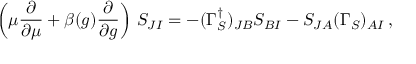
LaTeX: \left( \mu { \frac { \partial } { \partial \mu } } + \beta ( g ) { \frac { \partial } { \partial g } } \right) \, S _ { J I } = - ( \Gamma _ { S } ^ { \dagger } ) _ { J B } S _ { B I } - S _ { J A } ( \Gamma _ { S } ) _ { A I } \, ,